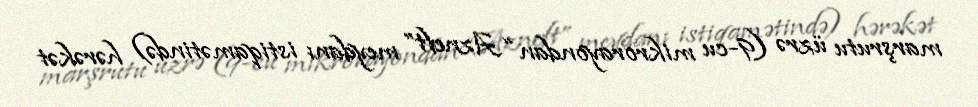
marşrutu üzrə (9-cu mikrorayondan “Azneft” meydanı istiqamətində) hərəkət